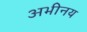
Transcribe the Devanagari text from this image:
अभीनय